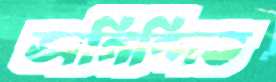
অনিন্দিত